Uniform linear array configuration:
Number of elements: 4
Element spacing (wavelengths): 0.5
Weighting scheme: cosine
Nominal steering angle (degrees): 15
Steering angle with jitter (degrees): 15.73
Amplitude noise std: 0.05
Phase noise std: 0.05

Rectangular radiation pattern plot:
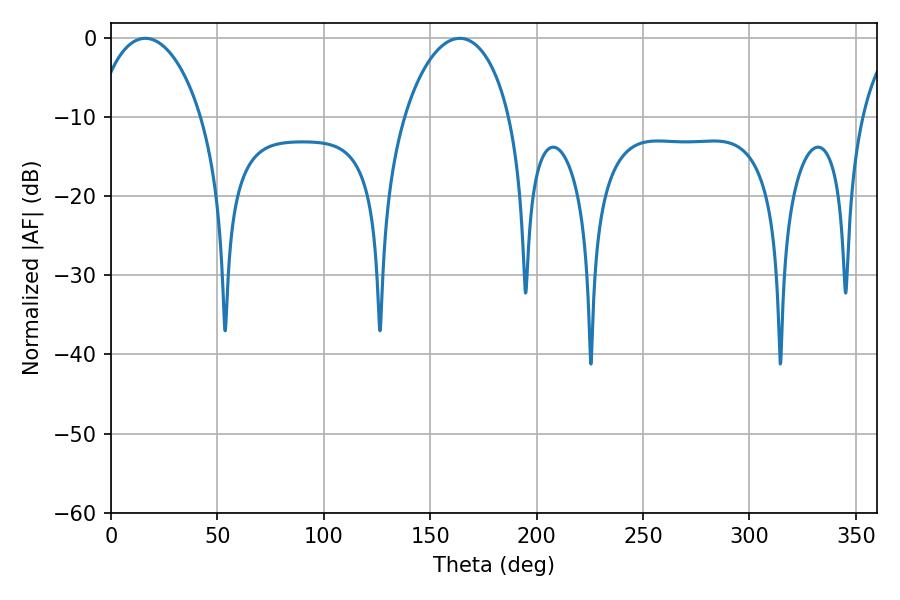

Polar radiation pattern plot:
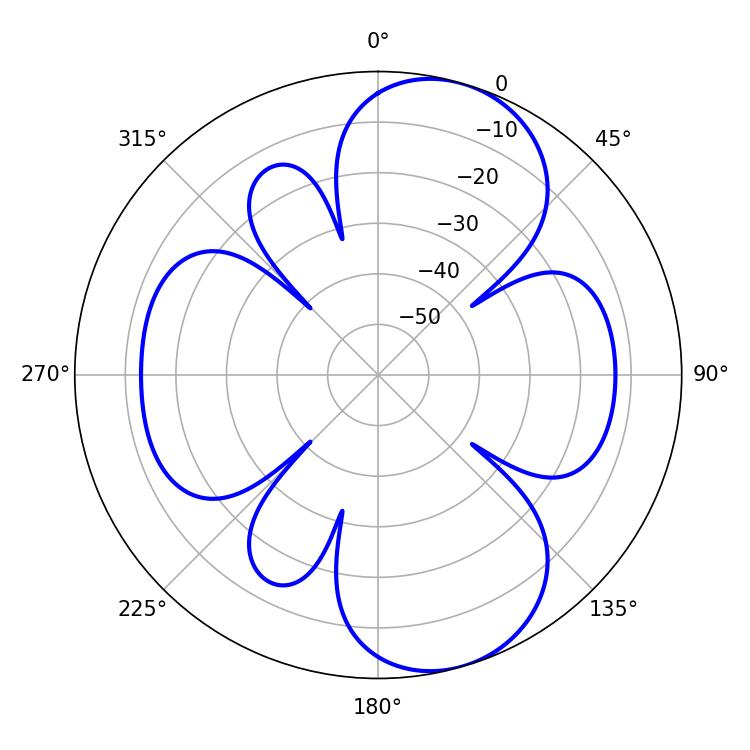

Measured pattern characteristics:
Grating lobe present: FALSE
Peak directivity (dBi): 8.656
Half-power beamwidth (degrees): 28.44
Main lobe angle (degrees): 16.02